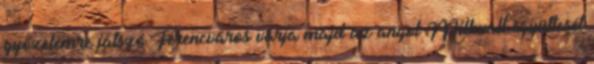
győzelemre játszó Ferencváros várja majd az angol Millwall együttesét